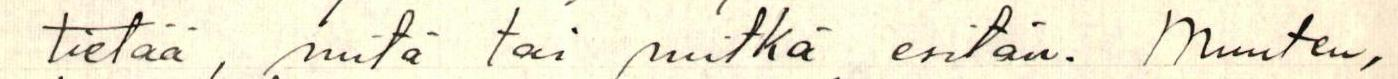
tietää, mitä tai mitkä esitän. Muuten,